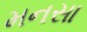
મનસા